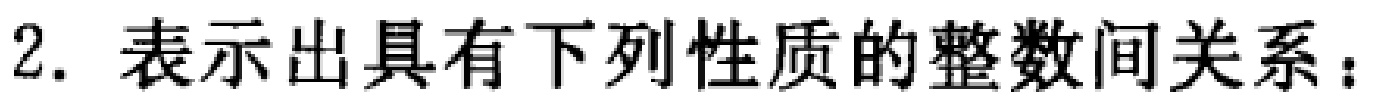
2. 表示出具有下列性质的整数间关系：